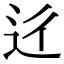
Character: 𨑠